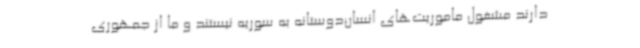
دارند مشغول ماموریت‌های انسان‌دوستانه به سوریه نیستند و ما از جمهوری‌